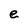
Character: e